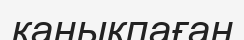
канықпаған